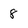
Character: 8